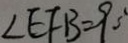
\angle E F B = 9 0 ^ { \circ }